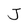
Character: J